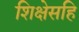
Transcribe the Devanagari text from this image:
शिक्षेसहि